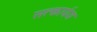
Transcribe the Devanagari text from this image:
सत्कार्यज